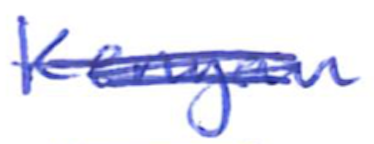
Text: Kenyan
Cross-out: scratch
Writing tool: ballpoint